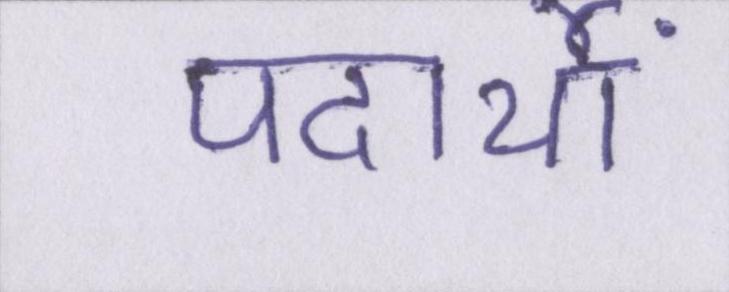
पदार्थों